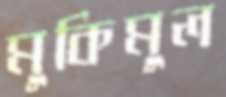
মুকিমুল